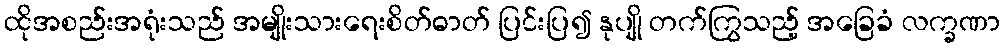
ထိုအစည်းအရုံးသည် အမျိုးသားရေးစိတ်ဓာတ် ပြင်းပြ၍ နုပျို တက်ကြွသည့် အခြေခံ လက္ခဏာ